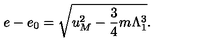
e - e _ { 0 } = \sqrt { u _ { M } ^ { 2 } - \frac 3 4 m \Lambda _ { 1 } ^ { 3 } } .